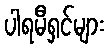
ပါရမီရှင်များ